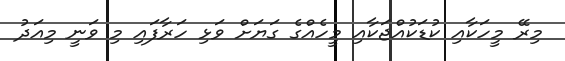
މިރޭ މީހަކާއި ކުޑަކުއްޖަކާއި މީހެއްގެ ގަޔަށް ވަޅި ހަރާފައި މި ވަނީ މިއަދު